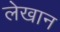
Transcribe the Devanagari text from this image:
लेखान